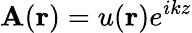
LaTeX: \mathbf{A}(\mathbf{{r}})=u(\mathbf{{r}})e^{ikz}